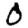
Digit: 0